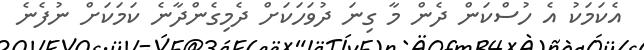
އެކަމަކު އެ ހުސްކަން ދެން މާ ގިނަ ދުވަހަކަށް ދެމިގެންދާނެ ކަމަކަށް ނުފެނެ